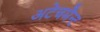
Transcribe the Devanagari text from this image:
अटेचमैन्ट